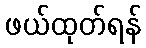
ဖယ်ထုတ်ရန်